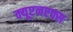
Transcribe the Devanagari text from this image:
क्यूएनएक्स